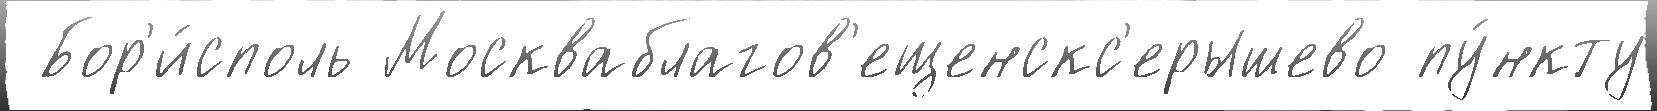
 Бор'и́споль Москваблагов'ещенскс'ерышево пу́нкту